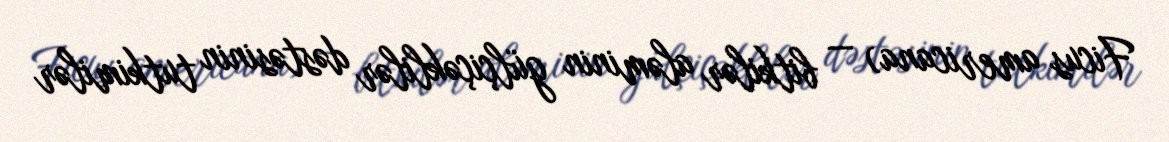
Ficus americana) — bitkilər aləminin gülçiçəklilər dəstəsinin tutkimilər